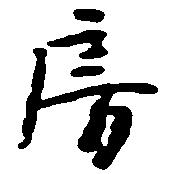
房